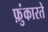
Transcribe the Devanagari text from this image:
फ़ुंकारते